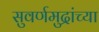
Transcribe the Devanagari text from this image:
सुवर्णमुद्रांच्या